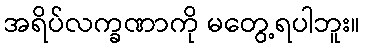
အရိပ်လက္ခဏာကို မတွေ့ရပါဘူး။